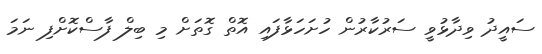
ސައީދު ވިދާޅުވީ ސަރުކާރުން ހުށަހަޅާފައި އޮތް ގޮތަށް މި ބިލް ފާސްކޮށްފި ނަމަ